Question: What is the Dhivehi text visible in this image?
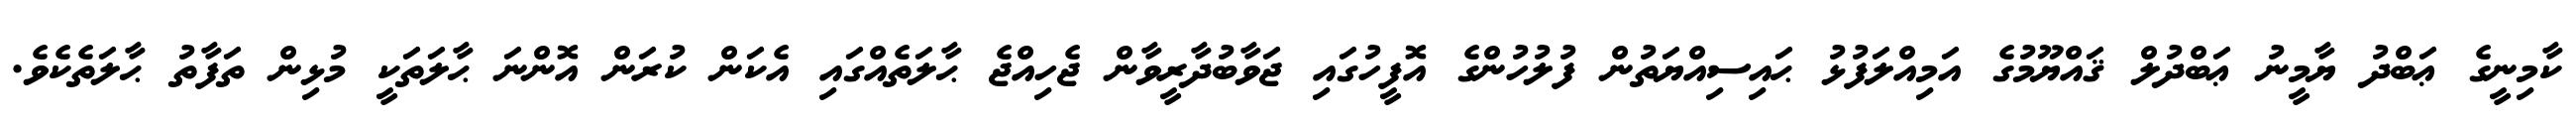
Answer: ކާމިނީގެ ޢަބްދު ޔާމީނު ޢަބްދުލް ޤައްޔޫމުގެ އަމިއްލަފުޅު ޙައިސިއްޔަތުން ފުލުހުންގެ އޮފީހުގައި ޖަވާބުދާރީވާން ޖެހިއްޖެ ޙާލަތެއްގައި އެކަން ކުރަން އޮންނަ ޙާލަތަކީ މުޅިން ތަފާތު ޙާލަތެކެވެ.